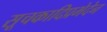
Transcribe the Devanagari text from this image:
सूचकादिप्रभेदेन